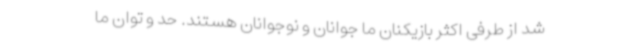
شد از طرفی اکثر بازیکنان ما جوانان و نوجوانان هستند. حد و توان ما